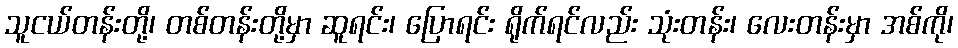
သူငယ်တန်းတို့၊ တစ်တန်းတို့မှာ ဆူရင်း၊ ပြောရင်း ရိုက်ရင်လည်း သုံးတန်း၊ လေးတန်းမှာ အစ်ကို၊